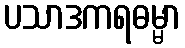
ပသာဒကရဓမ္မာ